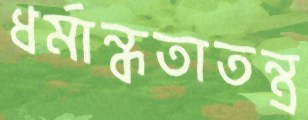
ধর্মান্ধতাতন্ত্র